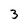
Character: 3